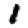
Digit: 1